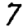
Digit: 7